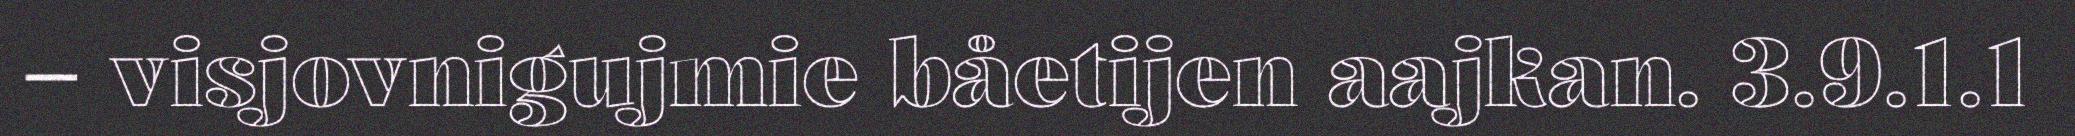
– visjovnigujmie båetijen aajkan. 3.9.1.1